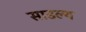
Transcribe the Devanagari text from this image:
साडल्य